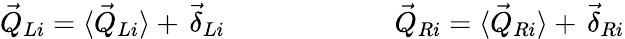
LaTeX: \begin{array}{r}{\vec{Q}_{Li}=\langle\vec{Q}_{Li}\rangle+\, \vec{\delta}_{Li}\qquad\qquad\qquad\vec{Q}_{Ri}=\langle\vec{Q}_{Ri}\rangle+\, \vec{\delta}_{Ri}}\end{array}